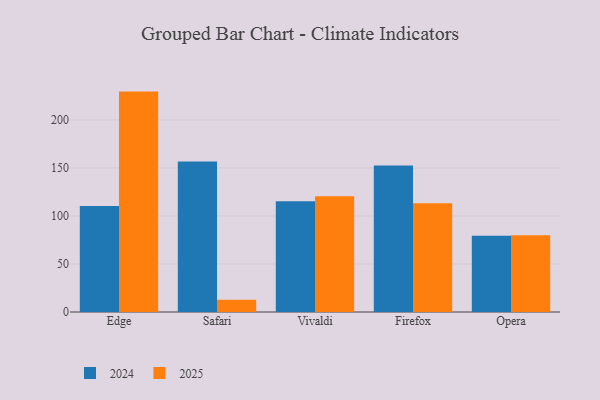
{"axis": {"x": "Browser", "y": "Operating Costs (USD K)"}, "legend": ["2024", "2025"], "data": [{"x": "Edge", "y": 229.5, "type": "2025"}, {"x": "Edge", "y": 110.3, "type": "2024"}, {"x": "Safari", "y": 12.7, "type": "2025"}, {"x": "Safari", "y": 156.7, "type": "2024"}, {"x": "Vivaldi", "y": 120.6, "type": "2025"}, {"x": "Vivaldi", "y": 115.4, "type": "2024"}, {"x": "Firefox", "y": 113.2, "type": "2025"}, {"x": "Firefox", "y": 152.5, "type": "2024"}, {"x": "Opera", "y": 80.0, "type": "2025"}, {"x": "Opera", "y": 79.4, "type": "2024"}]}